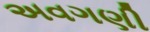
અવગણી